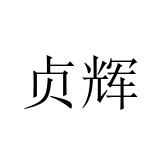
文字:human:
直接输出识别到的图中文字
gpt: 贞辉